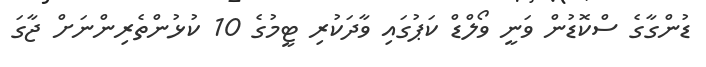
ޑުންގާގެ ސްކޮޑުން ވަނީ ވޯލްޑް ކަޕުގައި ވާދަކުރި ޓީމުގެ 10 ކުޅުންތެރިންނަށް ޖާގަ